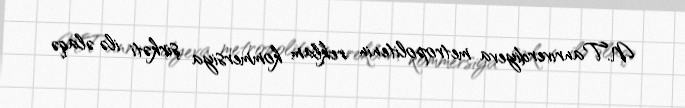
N.Tanrıverdiyeva metropolitenin reklam kommersiya şirkəti ilə əlaqə